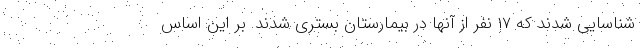
شناسایی شدند که ۱۷ نفر از آنها در بیمارستان بستری شدند. بر این اساس